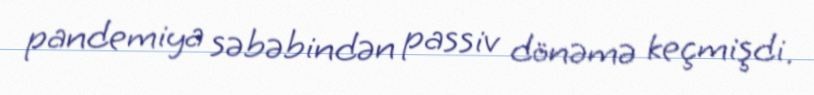
pandemiya səbəbindən passiv dönəmə keçmişdi.